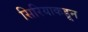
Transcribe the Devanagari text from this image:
सिरियाकडून